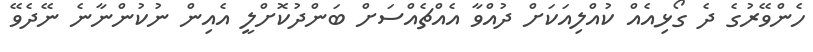
ހެންވޭރުގެ ދެ ގޯޅިއެއް ކުއްލިއަކަށް ދުއްވާ އެއްޗެއްސަށް ބަންދުކޮށްލީ އެއިން ނުކުންނާނެ ނޭދެވޭ